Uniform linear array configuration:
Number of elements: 24
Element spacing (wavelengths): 0.75
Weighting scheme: binomial
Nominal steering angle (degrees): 30
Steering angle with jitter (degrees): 28.364
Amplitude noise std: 0.05
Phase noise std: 0.05

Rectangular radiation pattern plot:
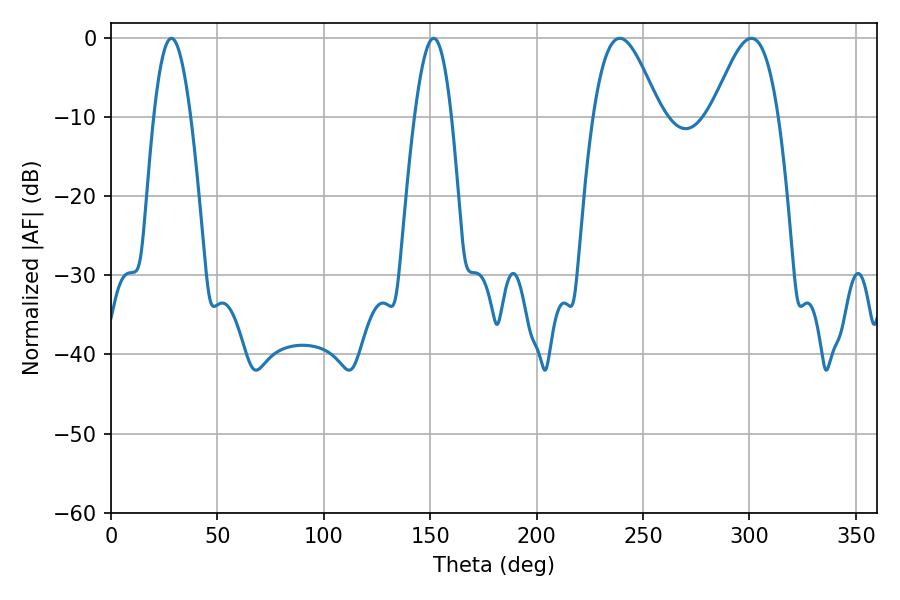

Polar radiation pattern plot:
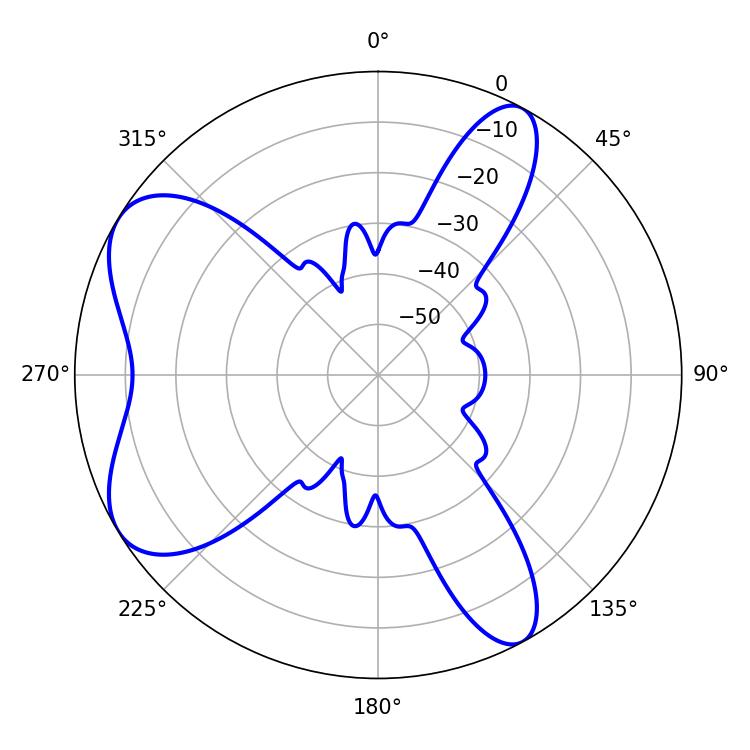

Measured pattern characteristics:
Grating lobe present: TRUE
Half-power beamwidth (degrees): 16.74
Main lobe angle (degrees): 239.04